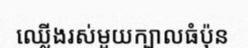
ឈ្លើងរស់មួយក្បាលធំប៉ុន